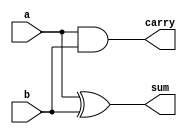
module half_adder_structural(
     input a,
     input b,
     output sum,
     output carry
     );
  
   // Instantiate Verilog built-in primitives and connect them with nets
  xor XOR1 (sum,  a, b); // instantiate a XOR gate
  and AND1 (carry, a, b);  
  
endmodule